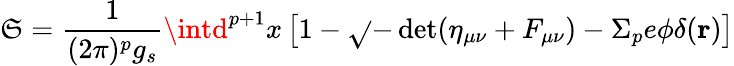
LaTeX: \mathfrak{S}=\frac{{1}}{{(2\pi)^{p}g_{s}}}\intd^{p+1}x\left[1-\sqrt{}{{-\operatorname*{det}(\eta_{\mu\nu}+F_{\mu\nu})}}-\Sigma_{p}e\phi\delta({\mathbf{r}})\right]